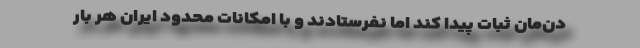
دن‌مان ثبات پیدا کند اما نفرستادند و با امکانات محدود ایران هر بار